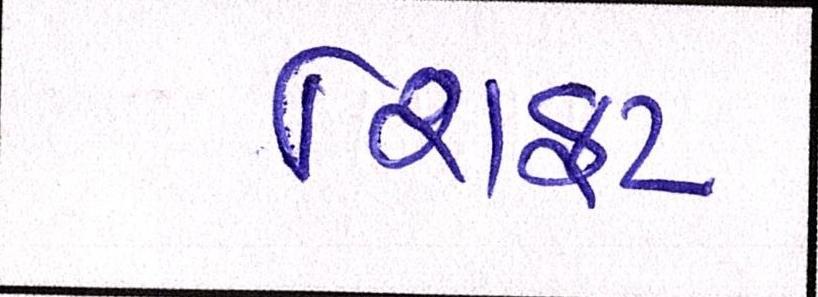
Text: શિફટ